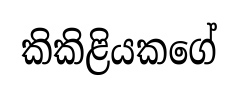
කිකිළියකගේ